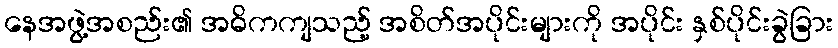
နေအဖွဲ့အစည်း၏ အဓိကကျသည့် အစိတ်အပိုင်းများကို အပိုင်း နှစ်ပိုင်းခွဲခြား